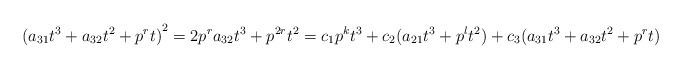
LaTeX: \begin{align*}{(a_{31}t^3 + a_{32}t^2 + p^rt)}^2 = 2p^ra_{32}t^3 + p^{2r}t^2 = c_1 p^kt^3 + c_2(a_{21}t^3 + p^lt^2) + c_3(a_{31}t^3 + a_{32}t^2 + p^rt)\end{align*}